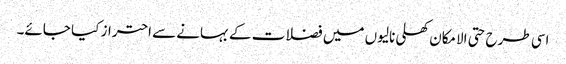
اسی طرح حتی الامکان کھلی نالیوں میں فضلات کے بہانے سے احتراز کیا جائے۔